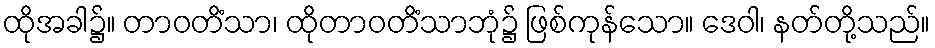
ထိုအခါ၌။ တာဝတိံသာ၊ ထိုတာဝတိံသာဘုံ၌ ဖြစ်ကုန်သော။ ဒေဝါ၊ နတ်တို့သည်။